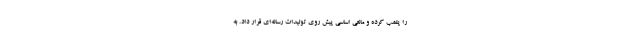
را پلمب کرده و مانعی اساسی پیش روی تولیدات رسانه‌‌ای قرار داد. به